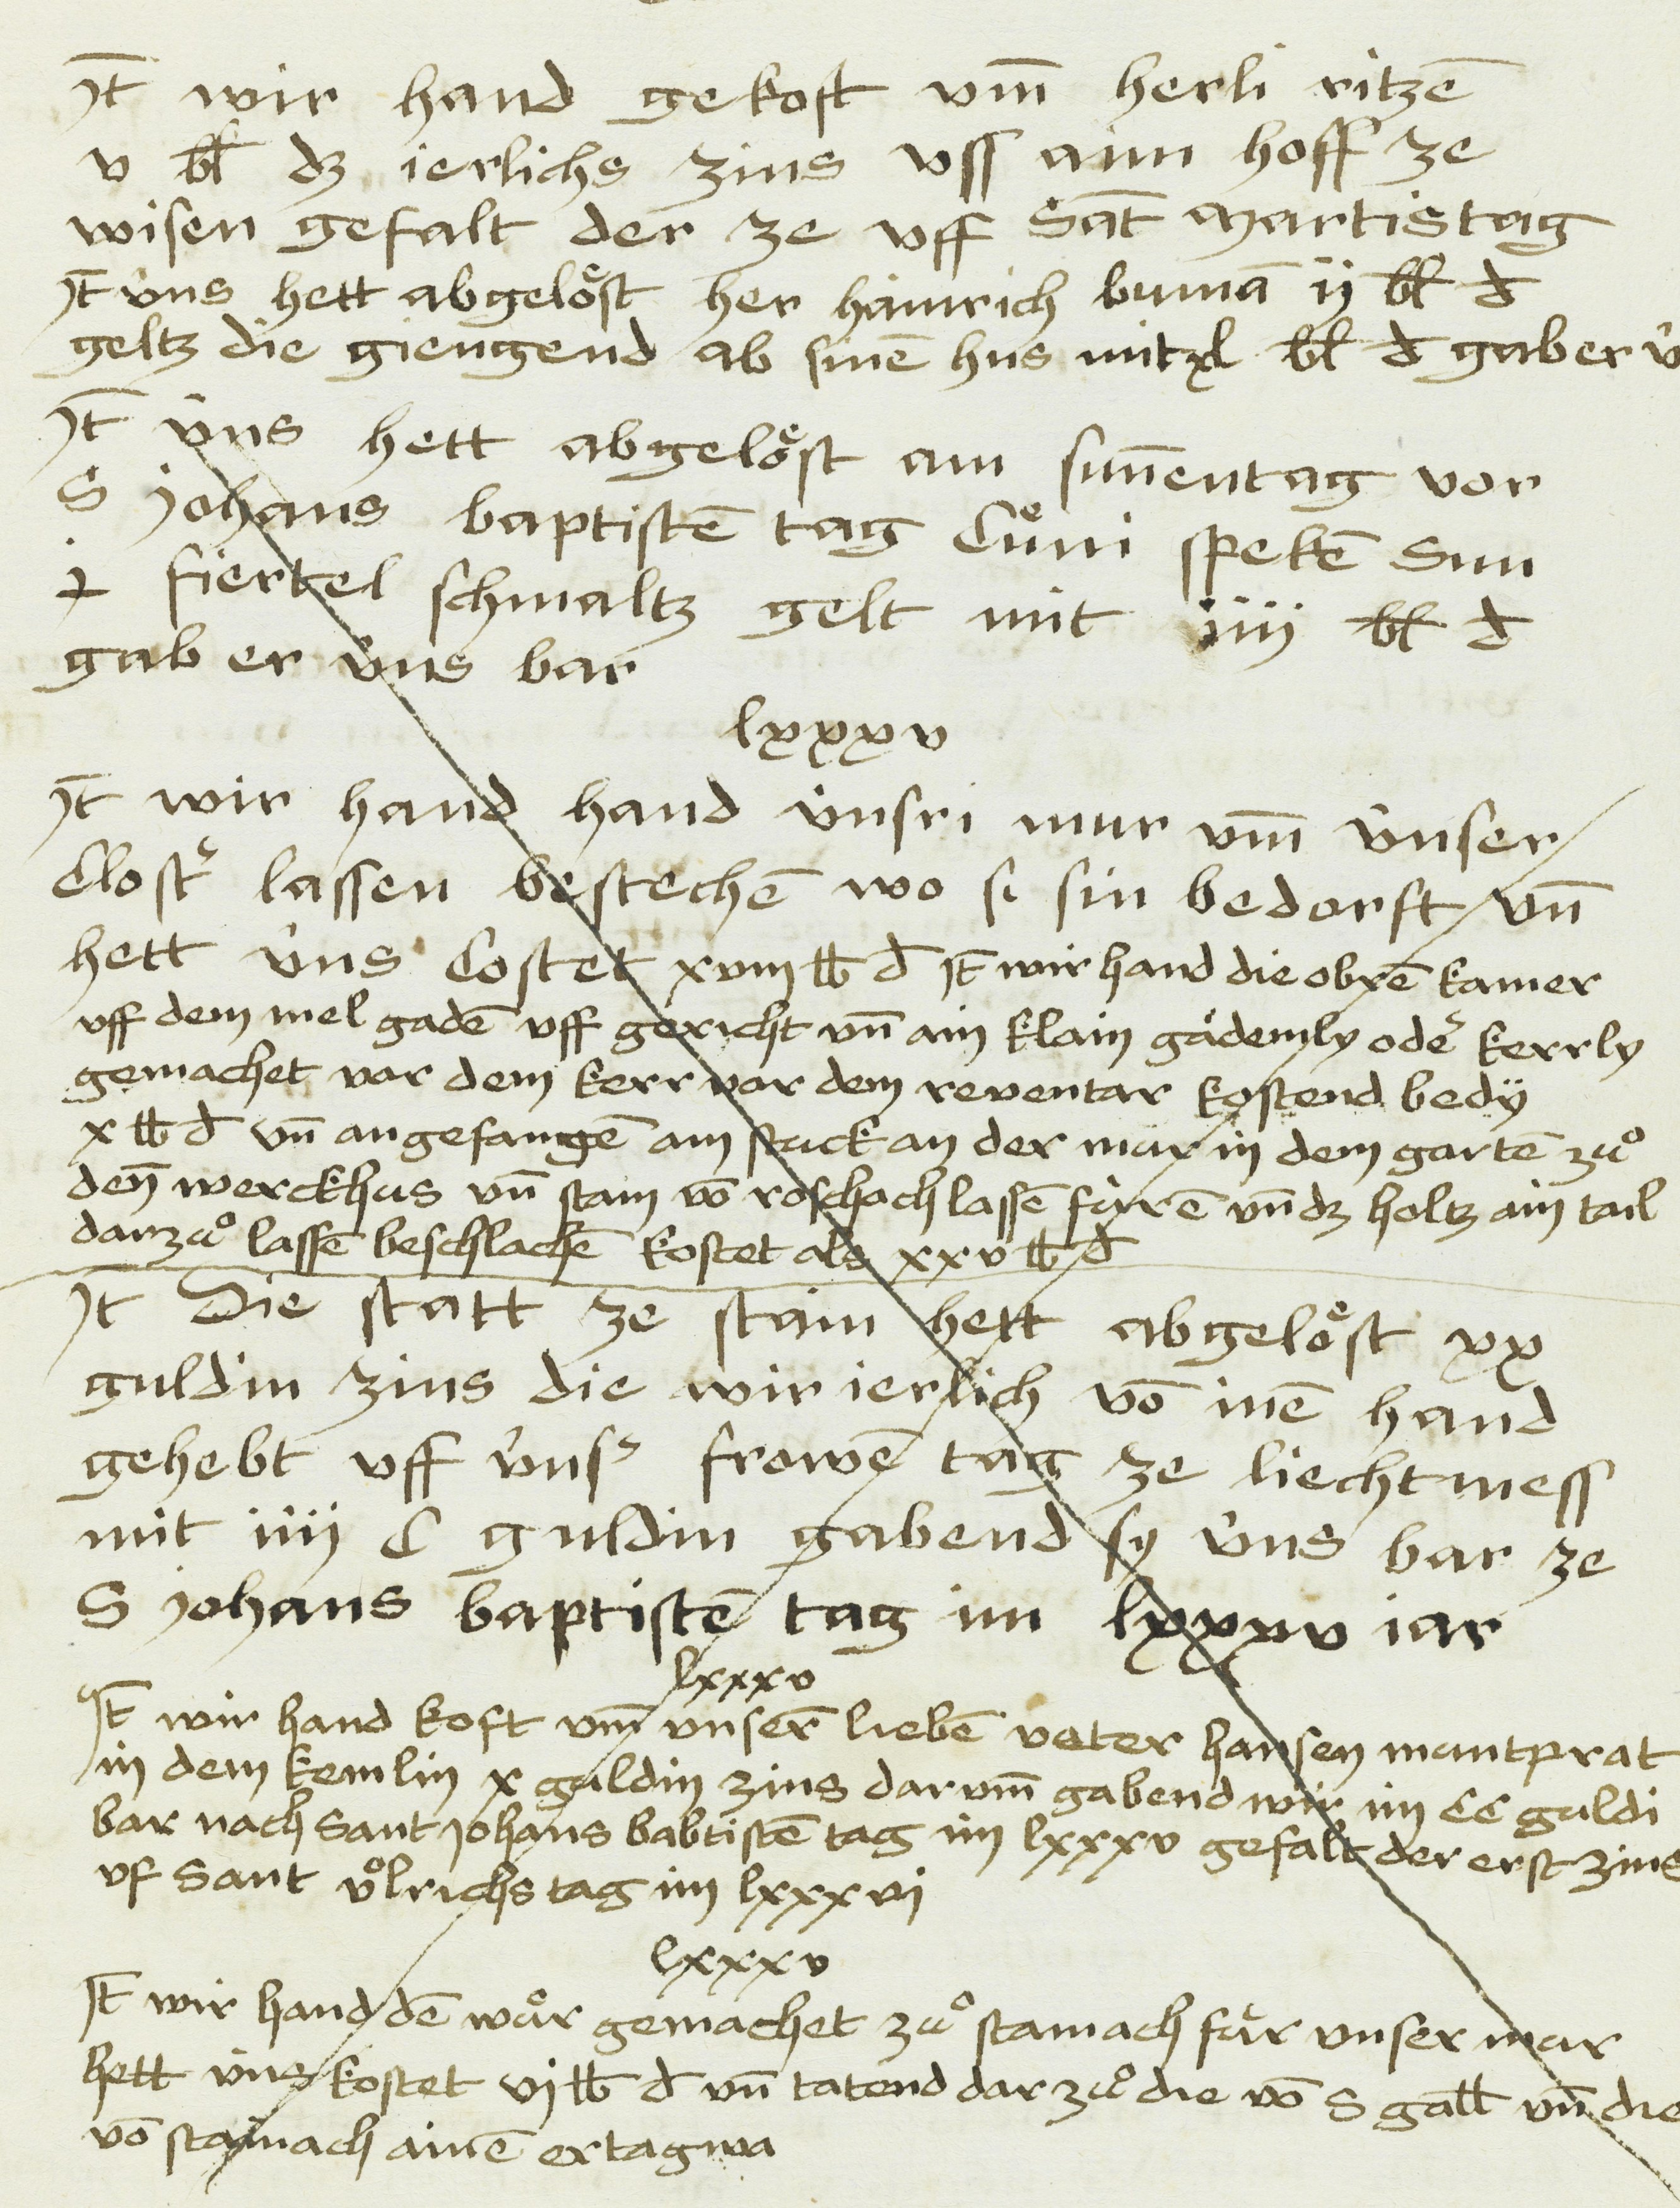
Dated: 1481–1528